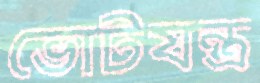
ভোটযন্ত্র